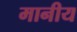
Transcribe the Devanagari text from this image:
मानीय